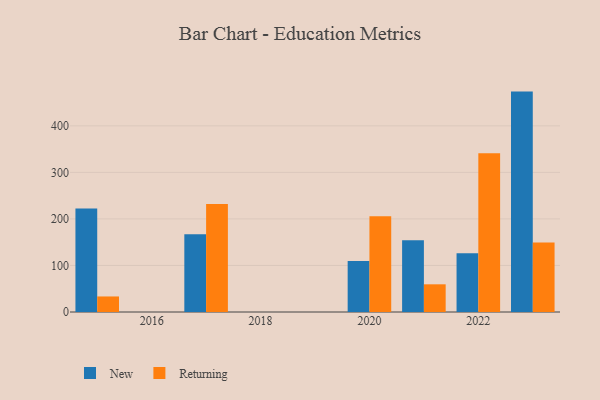
{"axis": {"x": "Year", "y": "Temperature (°C)"}, "legend": ["New", "Returning"], "data": [{"x": "2020", "y": 109.8, "type": "New"}, {"x": "2020", "y": 205.6, "type": "Returning"}, {"x": "2023", "y": 473.6, "type": "New"}, {"x": "2023", "y": 149.1, "type": "Returning"}, {"x": "2017", "y": 167.0, "type": "New"}, {"x": "2017", "y": 232.3, "type": "Returning"}, {"x": "2021", "y": 154.1, "type": "New"}, {"x": "2021", "y": 59.5, "type": "Returning"}, {"x": "2022", "y": 126.2, "type": "New"}, {"x": "2022", "y": 341.0, "type": "Returning"}, {"x": "2015", "y": 222.3, "type": "New"}, {"x": "2015", "y": 33.4, "type": "Returning"}]}